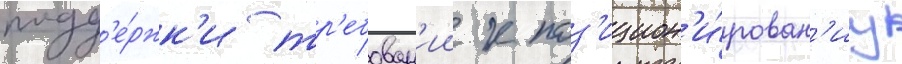
подд'е́ржк'и тр'ебован'ии к поз'ицион'и́рован'иу